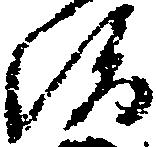
治